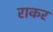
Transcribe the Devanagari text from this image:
राकर